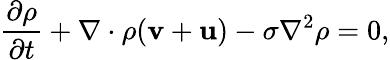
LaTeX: \frac{\partial\rho}{\partial t}+{\mathbf\nabla}\cdot\rho({\mathbf v}+{\mathbf u})-\sigma\nabla^{2}\rho=0,